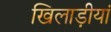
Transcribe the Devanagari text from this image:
खिलाड़ीयां